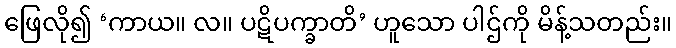
ဖြေလို၍ ‘ကာယ။ လ။ ပဋိပက္ခာတိ’ ဟူသော ပါဌ်ကို မိန့်သတည်း။